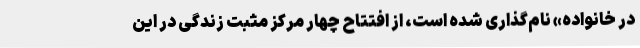
در خانواده» نام‌گذاری شده است، از افتتاح چهار مرکز مثبت زندگی در این